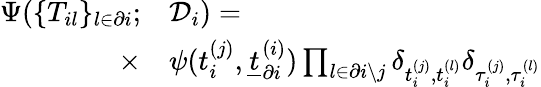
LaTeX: \begin{array}{r}{\begin{array}{rl}{\Psi(\{ T_{il}\} _{l\in\partial i};}&{{}\mathcal{D}_{i})=}\\ {\times}&{{}\psi(t_{i}^{(j)},\underline{{t}}_{\partial i}^{(i)})\prod_{l\in\partial i\setminus j}\delta_{t_{i}^{(j)},t_{i}^{(l)}}\delta_{\tau_{i}^{(j)},\tau_{i}^{(l)}}}\end{array}}\end{array}